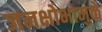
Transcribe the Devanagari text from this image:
जनक्षोभामुळे